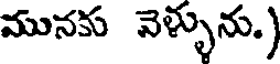
మునకు వెళ్ళును.)